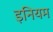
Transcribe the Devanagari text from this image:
इनियम